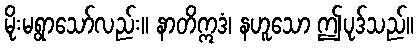
မိုးမရွာသော်လည်း။ နာတိဣဒံ၊ နဟူသော ဤပုဒ်သည်။